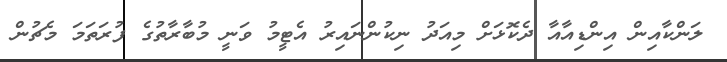
ލަންކާއިން އިންޑިއާއާ ދެކޮޅަށް މިއަދު ނިކުންނައިރު އެޓީމު ވަނީ މުބާރާތުގެ ފުރަތަމަ މެޗުން